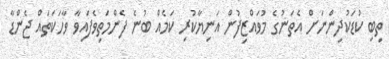
ތިބި ކުޑަކުދިންނަށް އެތަނުގެ މުވައްޒިފުން އަނިޔާކުރި ކަމެއް ބުނެ ފެންމަތިވެފައިވާ ވާހަކަތައް ޖެންޑާ